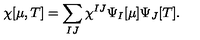
\chi [ \mu , T ] = \sum _ { I J } \chi ^ { I J } \Psi _ { I } [ \mu ] \Psi _ { J } [ T ] .